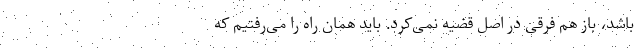
باشد، باز هم فرقی در اصل قضیه نمی‌کرد. باید همان راه را می‌رفتیم که